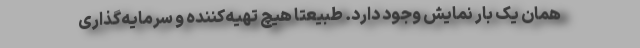
همان یک بار نمایش وجود دارد. طبیعتا هیچ تهیه‌کننده و سرمایه‌گذاری